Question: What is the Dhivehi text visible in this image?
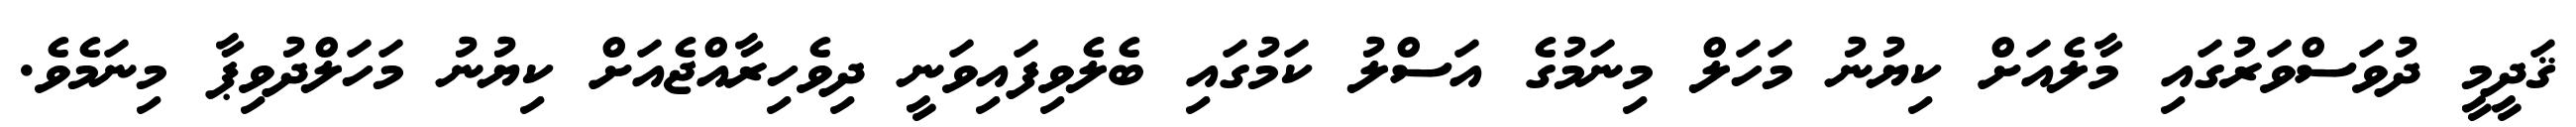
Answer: ޤަދީމީ ދުވަސްވަރުގައި މާލެއަށް ކިޔުނު މަހަލް މިނަމުގެ އަސްލު ކަމުގައި ބެލެވިފައިވަނީ ދިވެހިރާއްޖެއަށް ކިޔުނު މަހަލްދުވިޕާ މިނަމެވެ.